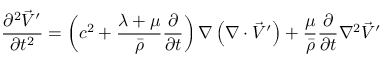
\frac { \partial ^ { 2 } \vec { V } ^ { \prime } } { \partial t ^ { 2 } } = \left( c ^ { 2 } + \frac { \lambda + \mu } { \bar { \rho } } \frac { \partial } { \partial t } \right) \nabla \left( \nabla \cdot \vec { V } ^ { \prime } \right) + \frac { \mu } { \bar { \rho } } \frac { \partial } { \partial t } \nabla ^ { 2 } \vec { V } ^ { \prime }